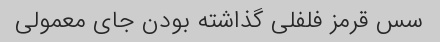
سس قرمز فلفلی گذاشته بودن جای معمولی